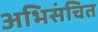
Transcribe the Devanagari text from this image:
अभिसंचित